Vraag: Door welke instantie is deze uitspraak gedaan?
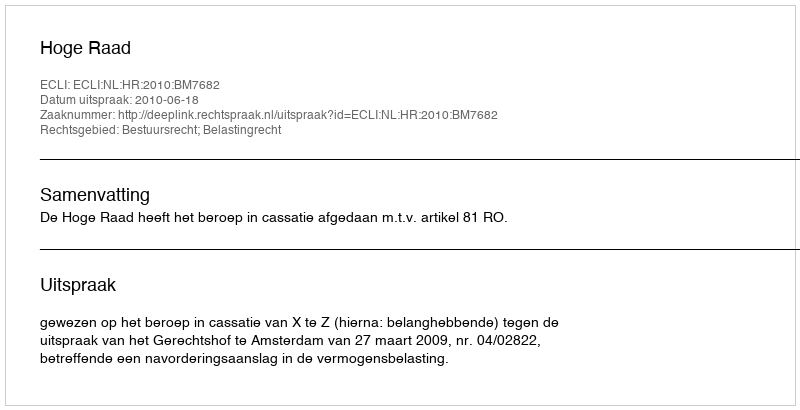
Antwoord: Hoge Raad